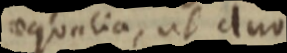
aequalia, ub duo